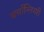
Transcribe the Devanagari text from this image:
बर्साग्लियरी